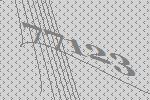
77123